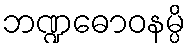
ဘဏ္ဍဓောဝနမ္ပိ